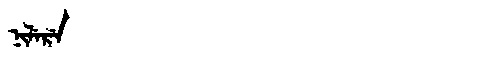
Manchu: ᠨᡳᠯᡝᡵᡝ
Romanization: NILERE